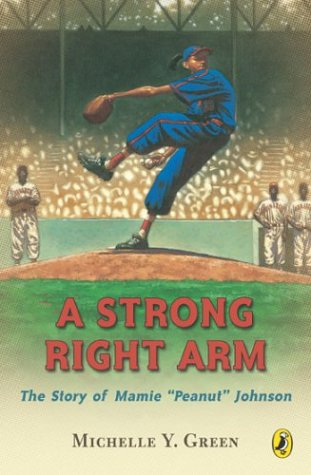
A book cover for A Strong Right Arm: The Story of Mamie "Peanut" Johnson; Michelle Y. Green; Children's Books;